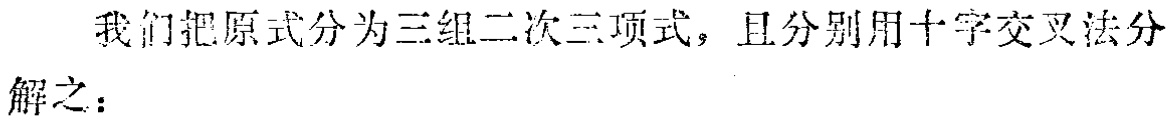
我们把原式分为三组二次三项式，且分别用十字交叉法分

解之：